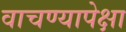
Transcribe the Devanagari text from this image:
वाचण्यापेक्षा